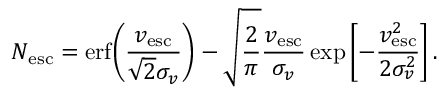
N _ { \mathrm { e s c } } = \mathrm { e r f } \! \left( \frac { v _ { \mathrm { e s c } } } { \sqrt { 2 } \sigma _ { v } } \right) - \sqrt { \frac { 2 } { \pi } } \frac { v _ { \mathrm { e s c } } } { \sigma _ { v } } \exp \left[ { - \frac { v _ { \mathrm { e s c } } ^ { 2 } } { 2 \sigma _ { v } ^ { 2 } } } \right] .